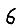
Digit: 6